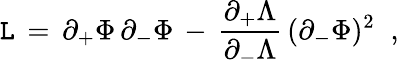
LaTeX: {\cal\mathtt{L}}\, =\, \partial_{+}\Phi\, \partial_{-}\Phi\, -\, {\frac{{\partial_{+}\Lambda}}{{\partial_{-}\Lambda}}}\, (\partial_{-}\Phi)^{2}\; \; ,